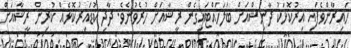
ހައިރާންވެފައި އިރުކޮޅަކު ދާނިޝްއަށް ބަލަހައްޓައިގެން ރީޝާއަށް ހުރެވުނެެވެ. ދާދި ކުޑައިރުކޮޅެެއް ކުރިންް ރީޝާއަށް